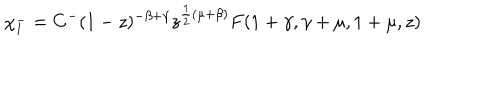
\chi _ { 1 } ^ { - } = C ^ { - } ( 1 - z ) ^ { - \beta + \gamma } z ^ { \frac { 1 } { 2 } ( \mu + \beta ) } F ( 1 + \gamma , \gamma + \mu , 1 + \mu , z )